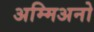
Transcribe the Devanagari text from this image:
अम्मिअनो